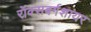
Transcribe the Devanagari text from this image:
रॉक्सबर्गशायर